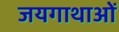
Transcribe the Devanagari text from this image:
जयगाथाओं